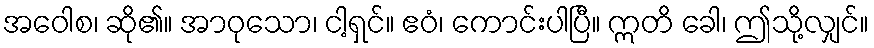
အဝေါစ၊ ဆို၏။ အာဝုသော၊ ငါ့ရှင်။ ဧဝံ၊ ကောင်းပါပြီ။ ဣတိ ခေါ၊ ဤသို့လျှင်။